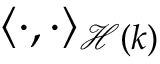
\langle \cdot , \cdot \rangle _ { \mathscr { H } ( k ) }